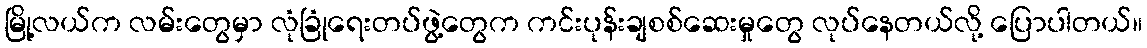
မြို့လယ်က လမ်းတွေမှာ လုံခြုံရေးတပ်ဖွဲ့တွေက ကင်းပုန်းချစစ်ဆေးမှုတွေ လုပ်နေတယ်လို့ ပြောပါတယ်။